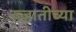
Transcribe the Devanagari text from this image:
ज्जातीच्या